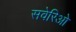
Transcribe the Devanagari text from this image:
सवेरिओ